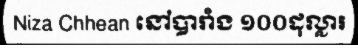
Niza Chhean នៅបារាំង ១០០ដុល្លារ